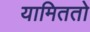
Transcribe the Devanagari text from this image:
यामिततो